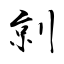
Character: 剠